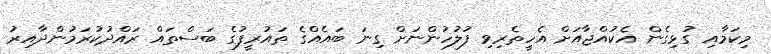
މިކަމާއި ގުޅިގެން އެކުއްޖާއަށް އެހީތެރިވި ފުލުހުންނަށް ގިނަ ބައެއްގެ ތައުރީފުގެ ބަސްތައް ރައްދުކުރަމުންދާއިރު